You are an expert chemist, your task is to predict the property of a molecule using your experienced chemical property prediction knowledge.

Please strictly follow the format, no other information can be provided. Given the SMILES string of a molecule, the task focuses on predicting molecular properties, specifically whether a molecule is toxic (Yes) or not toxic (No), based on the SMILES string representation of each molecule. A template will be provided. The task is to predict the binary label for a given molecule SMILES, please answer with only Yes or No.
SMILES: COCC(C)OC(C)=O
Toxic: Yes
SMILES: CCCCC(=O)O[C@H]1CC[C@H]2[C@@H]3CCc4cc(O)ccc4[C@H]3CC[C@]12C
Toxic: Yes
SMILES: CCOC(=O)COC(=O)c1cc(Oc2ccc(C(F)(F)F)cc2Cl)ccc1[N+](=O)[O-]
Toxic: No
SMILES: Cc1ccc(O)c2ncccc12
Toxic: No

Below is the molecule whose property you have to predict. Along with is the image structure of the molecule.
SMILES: CC(C)(C)C(=O)OCOC(=O)C1N2C(=O)CC2S(=O)(=O)C1(C)C
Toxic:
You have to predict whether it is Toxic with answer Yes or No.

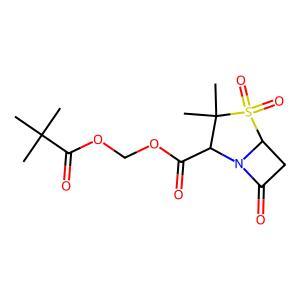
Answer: No